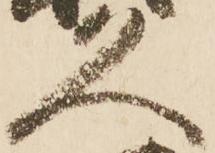
久